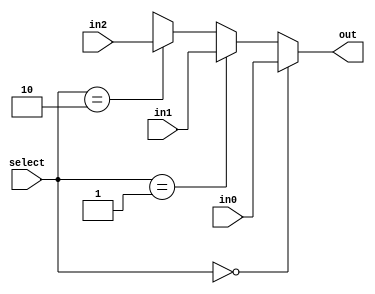
`timescale 1ns / 1ps
//////////////////////////////////////////////////////////////////////////////////
// Company: 
// Engineer: 
// 
// Design Name: 
// Module Name: ThreeOneMux
// Project Name: 
// Target Devices: 
// Tool Versions: 
// Description: 
// 
// Dependencies: 
// 
// Revision:
// Revision 0.01 - File Created
// Additional Comments:
// 
//////////////////////////////////////////////////////////////////////////////////


module ThreeOneMux(
    in0,
    in1,
    in2,
    select,
    out
    );
    
    parameter size = 16;
        
    input [size-1:0]in0;
    input [size-1:0]in1;
    input [size-1:0]in2;
    input [1:0]select;
    output [size-1:0]out;
    
    assign out = (select == 0) ? in0 :
    (select == 1) ? in1 :
    (select == 2) ? in2 :
    'hx;
endmodule